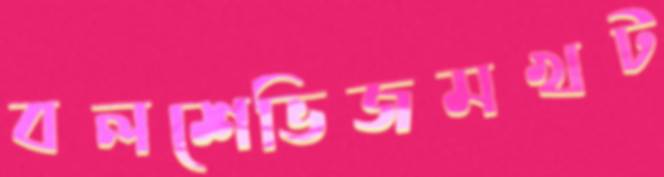
বলশেভিজমখট